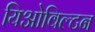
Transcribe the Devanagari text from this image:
यिओविल्टन